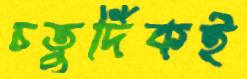
চতুর্দিকই